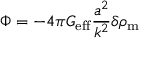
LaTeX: \Phi = - 4 \pi G _ { \mathrm { e f f } } { \frac { a ^ { 2 } } { k ^ { 2 } } } \delta \rho _ { \mathrm { m } }